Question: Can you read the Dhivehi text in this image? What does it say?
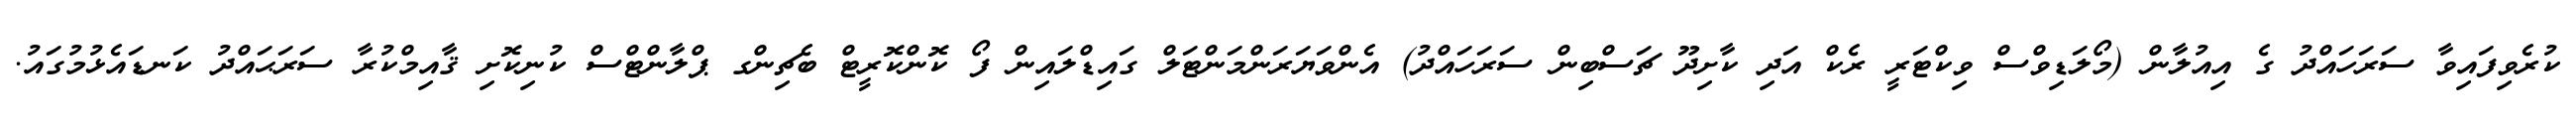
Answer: ކުރެވިފައިވާ ސަރަހައްދު ގެ އިއުލާން (މޯލަޑިވްސް ވިކްޓަރީ ރެކް އަދި ކާށިދޫ ޗަސްބިން ސަރަހައްދު) އެންވަޔަރަންމަންޓަލް ގައިޑްލައިން ފޯ ކޮންކޮރީޓް ބެޗިންގ ޕްލާންޓްސް ކުނިކޮށި ޤާއިމްކުރާ ސަރަޙައްދު ކަނޑައެޅުމުގައު.